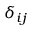
\delta _ { i j }